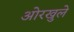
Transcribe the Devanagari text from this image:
ओरखुले